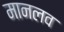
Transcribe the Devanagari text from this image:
मानलव